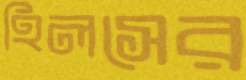
হিলসের